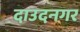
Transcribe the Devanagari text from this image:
दाउदनगर